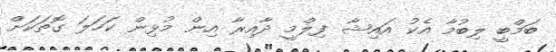
ބަމްބީ ލިބުމާ އެކު އައިޝާ ފިލްމީ ދާއިރާ އިން މުޅިން ކަހަލަ ގޮތަކަށް